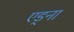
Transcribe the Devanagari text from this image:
एड्ना